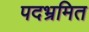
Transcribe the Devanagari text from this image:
पदभ्रमित